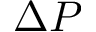
\Delta P